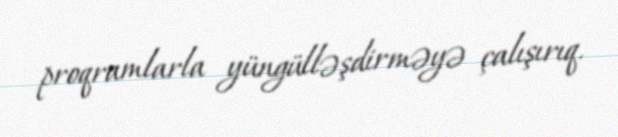
proqramlarla yüngülləşdirməyə çalışırıq.